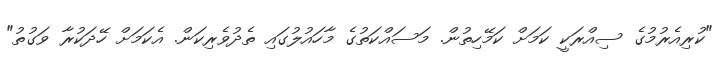
"ކުރިއެރުމުގެ ސިއްރަކީ ކަމަށް ކަމޭހިތުން. މަސައްކަތުގެ މާހައުލުގައި ތެދުވެރިކަން. އެކަމަށް ހޭދަކުރާ ވަގުތު"